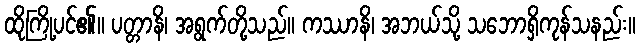
ထိုကြို့ပင်၏။ ပတ္တာနိ၊ အရွက်တို့သည်။ ကဿာနိ၊ အဘယ်သို့ သဘောရှိကုန်သနည်း။